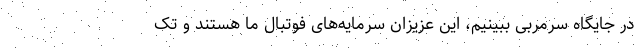
در جایگاه سرمربی ببینیم، این عزیزان سرمایه‌های فوتبال ما هستند و تک